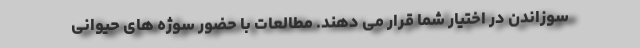
سوزاندن در اختیار شما قرار می دهند. مطالعات با حضور سوژه های حیوانی